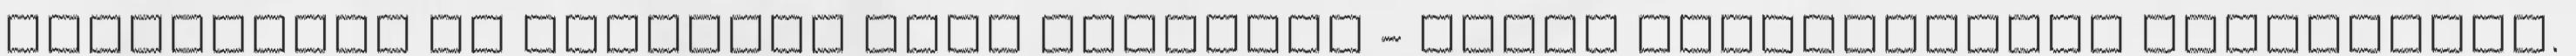
Konstantin és Zakariás pápa idejében - ismét visszajöttek Pannóniába.